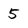
Character: 5